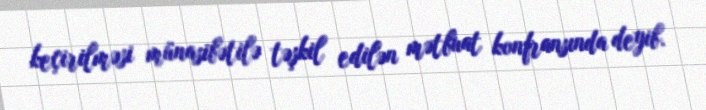
keçirilməsi münasibətilə təşkil edilən mətbuat konfransında deyib.